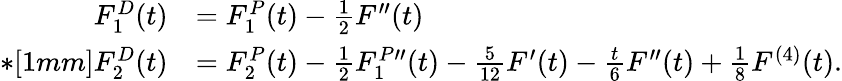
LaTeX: \begin{array}{rl}{F_{1}^{D}(t)}&{=F_{1}^{P}(t)-\frac{1}{2}F^{\prime\prime}(t)}\\ {*[1mm]F_{2}^{D}(t)}&{=F_{2}^{P}(t)-\frac{1}{2}F_{1}^{P}\! \! \phantom{|}^{\prime\prime}(t)-\frac{5}{12}F^{\prime}(t)-\frac{t}{6}F^{\prime\prime}(t)+\frac{1}{8}F^{(4)}(t).}\end{array}